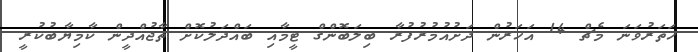
ހަތަރުވަނަ މެޗް 14 އަހަރުން ދަށުއުމުރުފުރާ ބިލަބޮންގް ޓީމާއި ބައްދަލުކޮށް ތާޖުއްދީން ކާމިޔާބުކުރީ